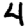
Digit: 4